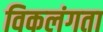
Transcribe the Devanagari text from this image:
विकलंगता